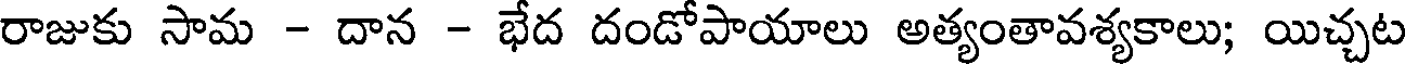
రాజుకు సామ - దాన - భేద దండోపాయాలు అత్యంతావశ్యకాలు; యిచ్చట